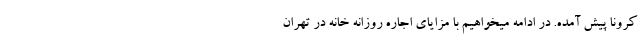
کرونا پیش آمده. در ادامه میخواهیم با مزایای اجاره روزانه خانه در تهران